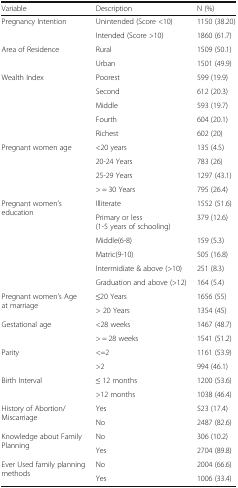
| Variable | Description | N (%) |
 | --- | --- | --- |
 | <ROWSPAN=2> Pregnancy Intention | Unintended (Score <10) | 1150 (38.20) |
 | Intended (Score >10) | 1860 (61.7) |
 | <ROWSPAN=2> Area of Residence | Rural | 1509 (50.1) |
 | Urban | 1501 (49.9) |
 | <ROWSPAN=5> Wealth Index | Poorest | 599 (19.9) |
 | Second | 612 (20.3) |
 | Middle | 593 (19.7) |
 | Fourth | 604 (20.1) |
 | Richest | 602 (20) |
 | <ROWSPAN=4> Pregnant women age | <20 years | 135 (4.5) |
 | 20-24 Years | 783 (26) |
 | 25-29 Years | 1297 (43.1) |
 | > = 30 Years | 795 (26.4) |
 | <ROWSPAN=6> Pregnant women’s education | Illiterate | 1552 (51.6) |
 | Primary or less (1-5 years of schooling) | 379 (12.6) |
 | Middle(6-8) | 159 (5.3) |
 | Matric(9-10) | 505 (16.8) |
 | Intermidiate & above (>10) | 251 (8.3) |
 | Graduation and above (>12) | 164 (5.4) |
 | <ROWSPAN=2> Pregnant women’s Age at marriage | ≤20 Years | 1656 (55) |
 | > 20 Years | 1354 (45) |
 | <ROWSPAN=2> Gestational age | <28 weeks | 1467 (48.7) |
 | > = 28 weeks | 1541 (51.2) |
 | <ROWSPAN=2> Parity | <=2 | 1161 (53.9) |
 | >2 | 994 (46.1) |
 | <ROWSPAN=2> Birth Interval | ≤ 12 months | 1200 (53.6) |
 | >12 months | 1038 (46.4) |
 | <ROWSPAN=2> History of Abortion/Miscarriage | Yes | 523 (17.4) |
 | No | 2487 (82.6) |
 | <ROWSPAN=2> Knowledge about Family Planning | No | 306 (10.2) |
 | Yes | 2704 (89.8) |
 | <ROWSPAN=2> Ever Used family planning methods | No | 2004 (66.6) |
 | Yes | 1006 (33.4) |